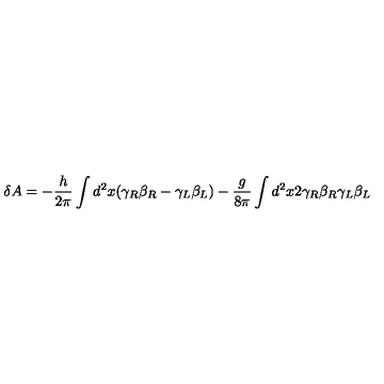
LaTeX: \delta A = - { \frac { h } { 2 \pi } } \int d ^ { 2 } x ( \gamma _ { R } \beta _ { R } - \gamma _ { L } \beta _ { L } ) - { \frac { g } { 8 \pi } } \int d ^ { 2 } x 2 \gamma _ { R } \beta _ { R } \gamma _ { L } \beta _ { L }